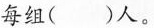
每组( )人。